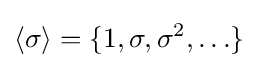
\langle \sigma \rangle =\{1,\sigma ,\sigma ^{2},\ldots \}